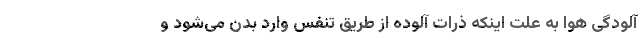
آلودگی هوا به علت اینکه ذرات آلوده از طریق تنفس وارد بدن می‌شود و